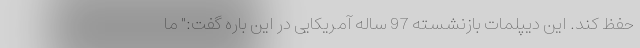
حفظ کند. این دیپلمات بازنشسته 97 ساله آمریکایی در این باره گفت:" ما